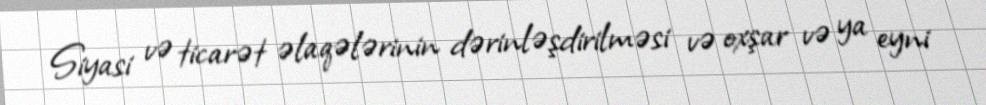
Siyasi və ticarət əlaqələrinin dərinləşdirilməsi və oxşar və ya eyni